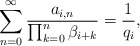
\begin{align*}\sum_{n=0}^\infty\frac{a_{i,n}}{\prod_{k=0}^n\beta_{i+k}}=\frac{1}{q_i},\end{align*}